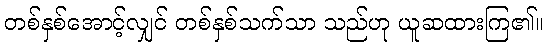
တစ်နှစ်အောင့်လျှင် တစ်နှစ်သက်သာ သည်ဟု ယူဆထားကြ၏။